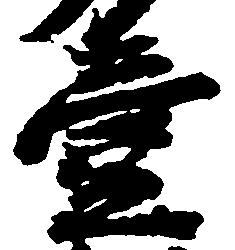
壹